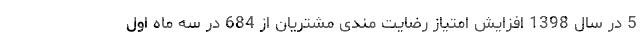
5 در سال 1398 افزایش امتیاز رضایت مندی مشتریان از 684 در سه ماه اول